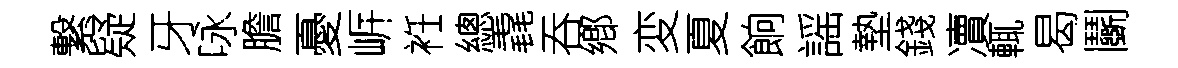
繋疑牙咏膽憂㟁袵總毳吞鄕変夏餉謡墊錢凟輒曷鬬